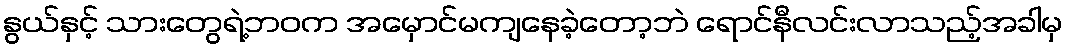
နွယ်နှင့် သားတွေရဲ့ဘဝက အမှောင်မကျနေခဲ့တော့ဘဲ ရောင်နီလင်းလာသည့်အခါမှ